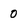
Character: 0